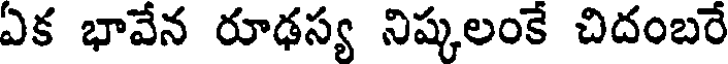
ఏక భావేన రూఢస్య నిష్కలంకే చిదంబరే